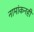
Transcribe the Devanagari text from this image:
नामांकनही